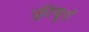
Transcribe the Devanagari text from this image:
फ़्रीबूर्ग